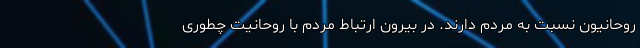
روحانیون نسبت به مردم دارند. در بیرون ارتباط مردم با روحانیت چطوری